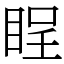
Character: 睈